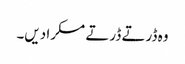
وہ ڈرتے ڈرتے مسکرا دیں۔